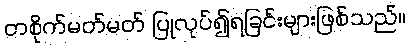
တစိုက်မတ်မတ် ပြုလုပ်၍ရခြင်းများဖြစ်သည်။